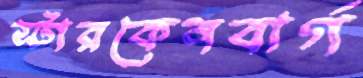
স্টারকেনবার্গ